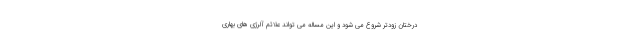
درختان زودتر شروع می شود و این مساله می تواند علائم آلرژی های بهاری